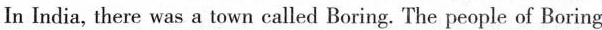
In India, there was a town called Boring.